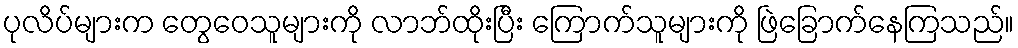
ပုလိပ်များက တွေဝေသူများကို လာဘ်ထိုးပြီး ကြောက်သူများကို ဖြဲခြောက်နေကြသည်။